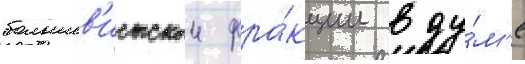
большев'истскои фра́кции в ду́м'е